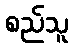
စည်သူ